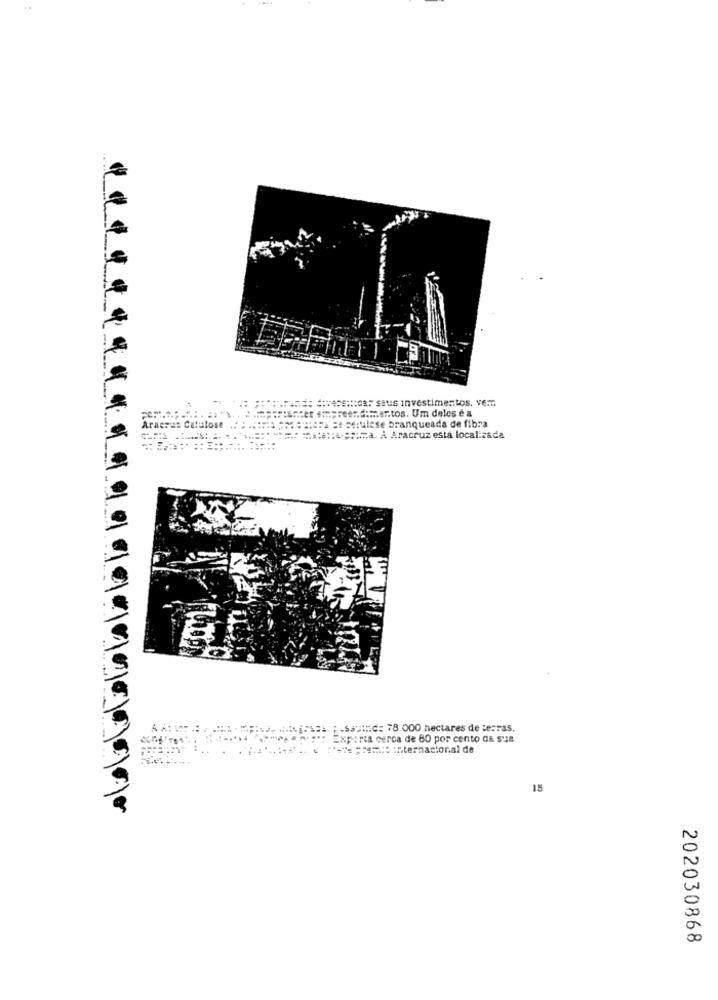
#: ********: ca5 saus investimentos, vem
Catulose
====== ======= = = ulese branqueada de fibra
THE == C :: A-prima. A Aracruz está localizada
.MENJ. HREFSEL FSSSI 78.000 hectares de terras.
Exporta cerca de 80 por cento da sua
**** e premie Internacional de
15
202030868